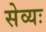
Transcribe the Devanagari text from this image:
सेव्यः